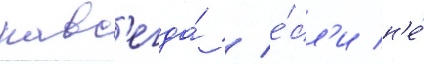
навс'егда́ / е́сл'и н'е́